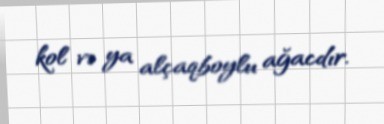
kol və ya alçaqboylu ağacdır.